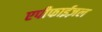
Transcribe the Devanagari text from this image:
एपीफाईज़ल